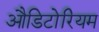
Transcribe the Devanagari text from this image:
औडिटोरियम